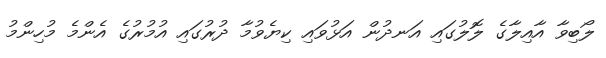
ލޯބިވާ އާއިލާގެ ލޮލުގައި އަނދުން އަޅުވައި ކިޔެވުމާ ދުރުގައި އުމުރުގެ އެންމެ މުހިންމު